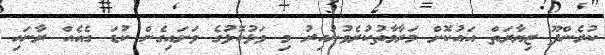
ކުރެންދޫ ޒިޔާރަތް އައުކޮށް މަރާމާތުކުރެވުނުއިރު މި ވަޅުކޮޅުގެ ވަށައިގެން ކުޑަ ގެއެއް ރާނައި